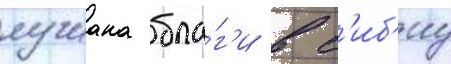
лучиана бла́г'и в с'иб'иу